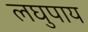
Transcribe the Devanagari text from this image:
लघुपाय